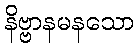
နိဗ္ဗာနမနသော